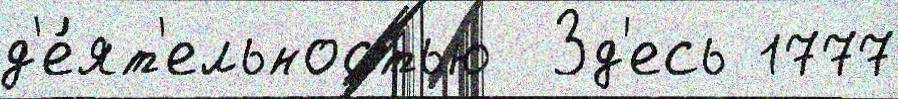
д'е́ят'ельностью  Зд'есь 1777